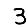
Digit: 3